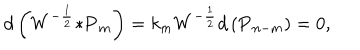
d \left( W ^ { - \frac { 1 } { 2 } } { \ast { \bf P } _ { m } } \right) = k _ { m } W ^ { - \frac { 1 } { 2 } } d \left( { \bf P } _ { n - m } \right) = 0 ,